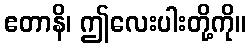
ဧတာနိ၊ ဤလေးပါးတို့ကို။